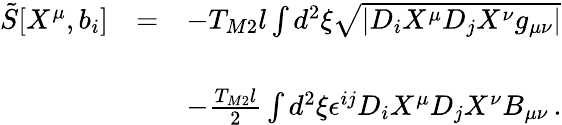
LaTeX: \begin{array}{rcl}{{{\tilde{S}}[X^{\mu},b_{i}]}}&{{=}}&{{-T_{M2}l\int d^{2}\xi\sqrt{|D_{i}X^{\mu}D_{j}X^{\nu}g_{\mu\nu}|}}}\\ {{}}&{{}}&{{}}\\ {{}}&{{}}&{{-{\textstyle\frac{T_{M2}l}{2}}\int d^{2}\xi\epsilon^{ij}D_{i}X^{\mu}D_{j}X^{\nu}B_{\mu\nu}\, .}}\end{array}